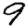
Digit: 9